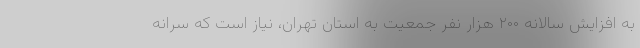
به افزایش سالانه ۲۰۰ هزار نفر جمعیت به استان تهران، نیاز است که سرانه